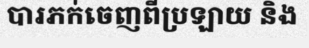
បារភក់ចេញពីប្រឡាយ និង